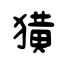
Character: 獚